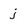
Character: j